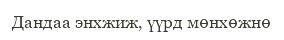
Дандаа энхжиж, үүрд мөнхөжнө